Report of the Indian Hemp Drugs Commission, 1894-1895 - Volume VI
Year: 1894
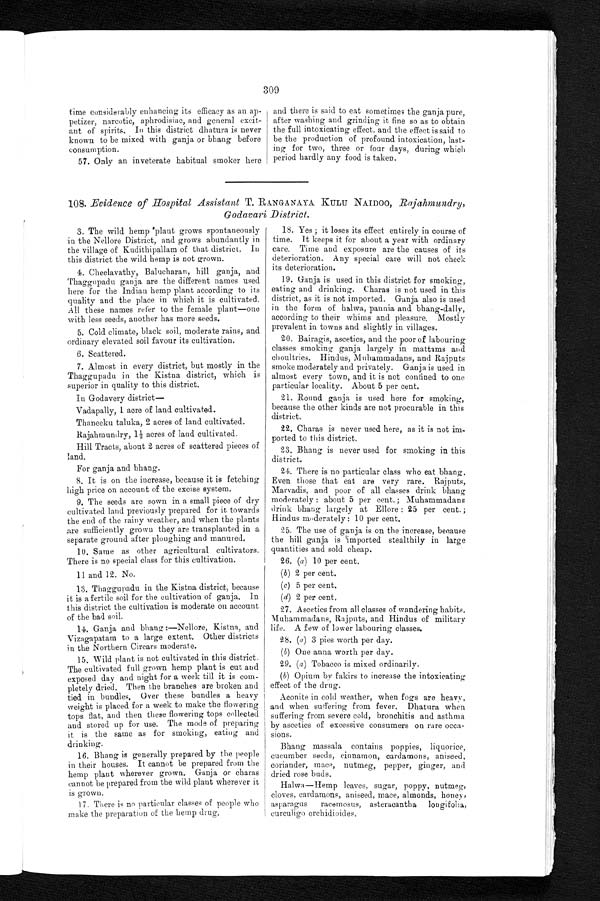
309
time considerably enhancing its efficacy as an ap-
petizer, narcotic, aphrodisiac, and general excit-
ant of spirits. In this district dhatura is never
known to be mixed with ganja or bhang before
consumption.
57. Only an inveterate habitual smoker here
and there is said to eat sometimes the ganja pure,
after washing and grinding it fine so as to obtain
the full intoxicating effect, and the effect is said to
be the production of profound intoxication, last-
ing for two, three or four days, during which
period hardly any food is taken.
108. Evidence of Hospital Assistant T. RANGANAYA KULU NAID00, Rajahmundry,
Godavari District.
3. The wild hemp plant grows spontaneously
in the Nellore District, and grows abundantly in
the village of Kudithipallam of that district. In
this district the wild hemp is not grown.
4. Cheelavathy, Balucharan, hill ganja, and
Thaggupadu ganja are the different names used
here for the Indian hemp plant according to its
quality and the place in which it is cultivated.
All these names refer to the female plant—one
with less seeds, another has more seeds.
5. Cold climate, black soil, moderate rains, and
ordinary elevated soil favour its cultivation.
6 . S c a t t e r e d .
7. Almost in every district, but mostly in the
Thaggupadu in the Kistna district, which is
superior in quality to this district.
In Godavery district
—
Vadapally, 1 acre of land cultivated.
Thaneeku taluka, 2 acres of land cultivated.
Rajahmundry, 1½ acres of land cultivated.
Hill Tracts, about 2 acres of scattered pieces of
land.
For ganja and bhang.
8. It is on the increase, because it is fetching
high price on account of the excise system.
9. The seeds are sown in a small piece of dry
cultivated land previously prepared for it towards
the end of the rainy weather, and when the plants
a r e s u f f i c i e n t l y g r o w n t h e y a r e t r a n s p l a n t e d i n a
separate ground after ploughing and manured.
10. Same as other agricultural cultivators.
There is no special class for this cultivation.
11 and 12. No.
13. Thaggupadu in the Kistna district, because
it is a fertile soil for the cultivation of ganja. In
this district the cultivation is moderate on account
of the bad soil.
14. Ganja and bhang :—Nellore, Kistna, and
Vizagapatam to a large extent. Other districts
in the Northern Circars moderate.
15. Wild plant is not cultivated in this district.
The cultivated full grown hemp plant is cut and
exposed day and night for a week till it is com--
pletely dried. Then the branches are broken and
t i e d i n b u n d l e s . O v e r t h e s e b u n d l e s a h e a v y
weight is placed for a week to make the flowering
tops fiat, and then these flowering tops collected
and stored up for use. The mode of preparing
it is the same as for smoking, eating and
drinking.
16. Bhang is generally prepared by the people
in their houses. It cannot be prepared from the
hemp plant wherever grown. Ganja or charas
cannot be prepared from the wild plant wherever it
is grown.
17. There is no particular classes of people who
make the preparation of the hemp drug.
18. Yes ; it loses its effect entirely in course of
time. It keeps it for about a year with ordinary
care. Time and exposure are the causes of its
deterioration. Any special care will not check
its deterioration.
19. Ganja is used in this district for smoking,
eating and drinking. Charas is not used in this
district, as it is not imported. Ganja also is used
in the form of halwa, pannia and bhang-dally,
according to their whims and pleasure. Mostly
prevalent in towns and slightly in villages.
20. Bairagis, ascetics, and the poor of labouring;
classes smoking ganja largely in mattams and
choultries. Hindus, Muhammadans, and Rajputs
smoke moderately and privately. Ganja is used in
almost every town, and it is not confined to one
particular locality. About 5 per cent.
21. Round ganja is used here for smoking,
because the other kinds are not procurable in this
district.
22. Charas is never used here, as it is not im-
ported to this district.
23. Bhang is never used for smoking in this
district.
24. There is no particular class who eat bhang.
Even those that eat are very rare. Rajputs,
Marvadis, and poor of all classes drink bhang
moderately : about 5 per cent. ; Muhammadans
drink bhang largely at Ellore : 25 per cent. ;
Hindus moderately : 10 per cent.
25. The use of ganja is on the increase, because
the hill ganja is imported stealthily in large
quantities and sold cheap.
26. (a) 10 per cent.
(b) 2 per cent.
(c) 5 per cent.
(d) 2 per cent.
27. Ascetics from all classes of wandering habits.
Muhammadans, Rajputs, and Hindus of military
life. A few of lower labouring classes.
28. ( a ) 3 pies worth per day.
( b) One anna worth per day.
29. (a) Tobacco is mixed ordinarily.
( b) Opium by fakirs to increase the intoxicating
effect of the drug.
Aconite in cold weather, when fogs are heavy,
and when suffering from fever. Dhatura when
suffering from severe cold, bronchitis and asthma
by ascetics of excessive consumers on rare occa-
sions.
Bhang massala contains poppies, liquorice,
cucumber seeds, cinnamon, cardamons, aniseed,
coriander, mace, nutmeg, pepper, ginger, and
dried rose buds.
Halwa—Hemp leaves, sugar, poppy, nutmeg,
cloves, cardamons, aniseed, mace, almonds, honey,
asparagus racemosus, asteracantha lon gi f ol i a,
curculigo orchidioides.